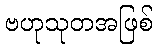
ဗဟုသုတအဖြစ်